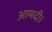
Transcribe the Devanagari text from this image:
आमदी।